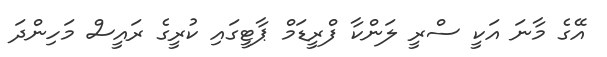
އޭގެ މާނަ އަކީ ސްރީ ލަންކާ ފްރީޑަމް ޕާޓީގައި ކުރީގެ ރައީސް މަހިންދަ